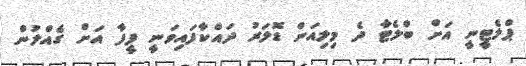
ޕްލެޓީނީ އަށް ބްލެޓާ ދެ މިލިއަން ޑޮލަރު ދައްކާފައިވަނީ ފީފާ އަށް ގެއްލުން